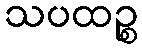
သပထဉ္စ